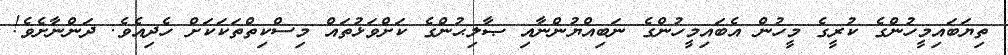
ތިޔަބައިމީހުންގެ ކުރީގެ މީހުން އެބައިމީހުންގެ ނަބިއްޔުންނާއި ޞާލިޙުންގެ ކަށްވަޅުތައް މިސްކިތްތަކަކަށް ހެދިއެވެ. ދަންނާށެވެ!